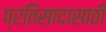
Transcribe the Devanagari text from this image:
प्रतिसादासाठी